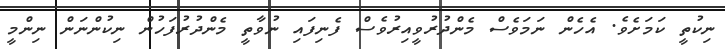
ނިކުތީ ކަމަށެވެ. އެހެން ނަމަވެސް މެންދުރުވީއިރުވެސް ފެނިފައި ނުވާތީ މެންދުރުފަހުން ނިކުންނަން ނިންމީ